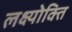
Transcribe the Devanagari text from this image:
लक्ष्योक्ति